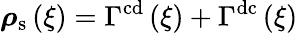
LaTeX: \boldsymbol{\rho}_{\mathrm{s}}\left(\xi\right)=\Gamma^{\mathrm{cd}}\left(\xi\right)+\Gamma^{\mathrm{dc}}\left(\xi\right)